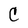
Character: C